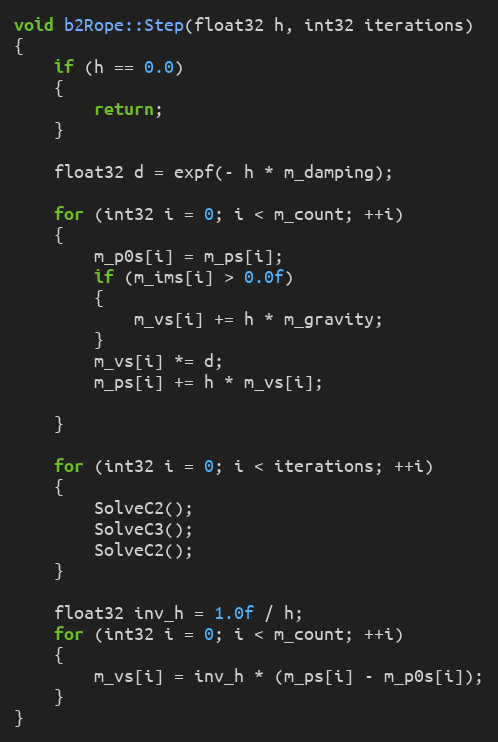
Language: C++
void b2Rope::Step(float32 h, int32 iterations)
{
	if (h == 0.0)
	{
		return;
	}

	float32 d = expf(- h * m_damping);

	for (int32 i = 0; i < m_count; ++i)
	{
		m_p0s[i] = m_ps[i];
		if (m_ims[i] > 0.0f)
		{
			m_vs[i] += h * m_gravity;
		}
		m_vs[i] *= d;
		m_ps[i] += h * m_vs[i];

	}

	for (int32 i = 0; i < iterations; ++i)
	{
		SolveC2();
		SolveC3();
		SolveC2();
	}

	float32 inv_h = 1.0f / h;
	for (int32 i = 0; i < m_count; ++i)
	{
		m_vs[i] = inv_h * (m_ps[i] - m_p0s[i]);
	}
}